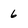
Character: 6